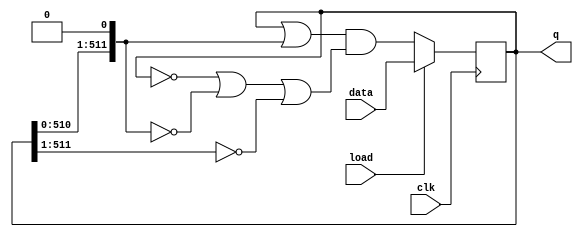
module top_module(
    input clk,
    input load,
    input [511:0] data,
    output [511:0] q
);
 	
    reg [511:0] right;
    reg [511:0] left;
    
    assign left = {1'b0,q[511:1]};
    assign right = {q[510:0],1'b0};
    
    always @(posedge clk) begin
        if(load) q <= data;
        else q <= ( q | right ) & ( ~q | ~right | ~left );
    end
endmodule